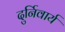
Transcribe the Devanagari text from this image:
दुर्निवार्य